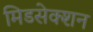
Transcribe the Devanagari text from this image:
मिडसेक्शन